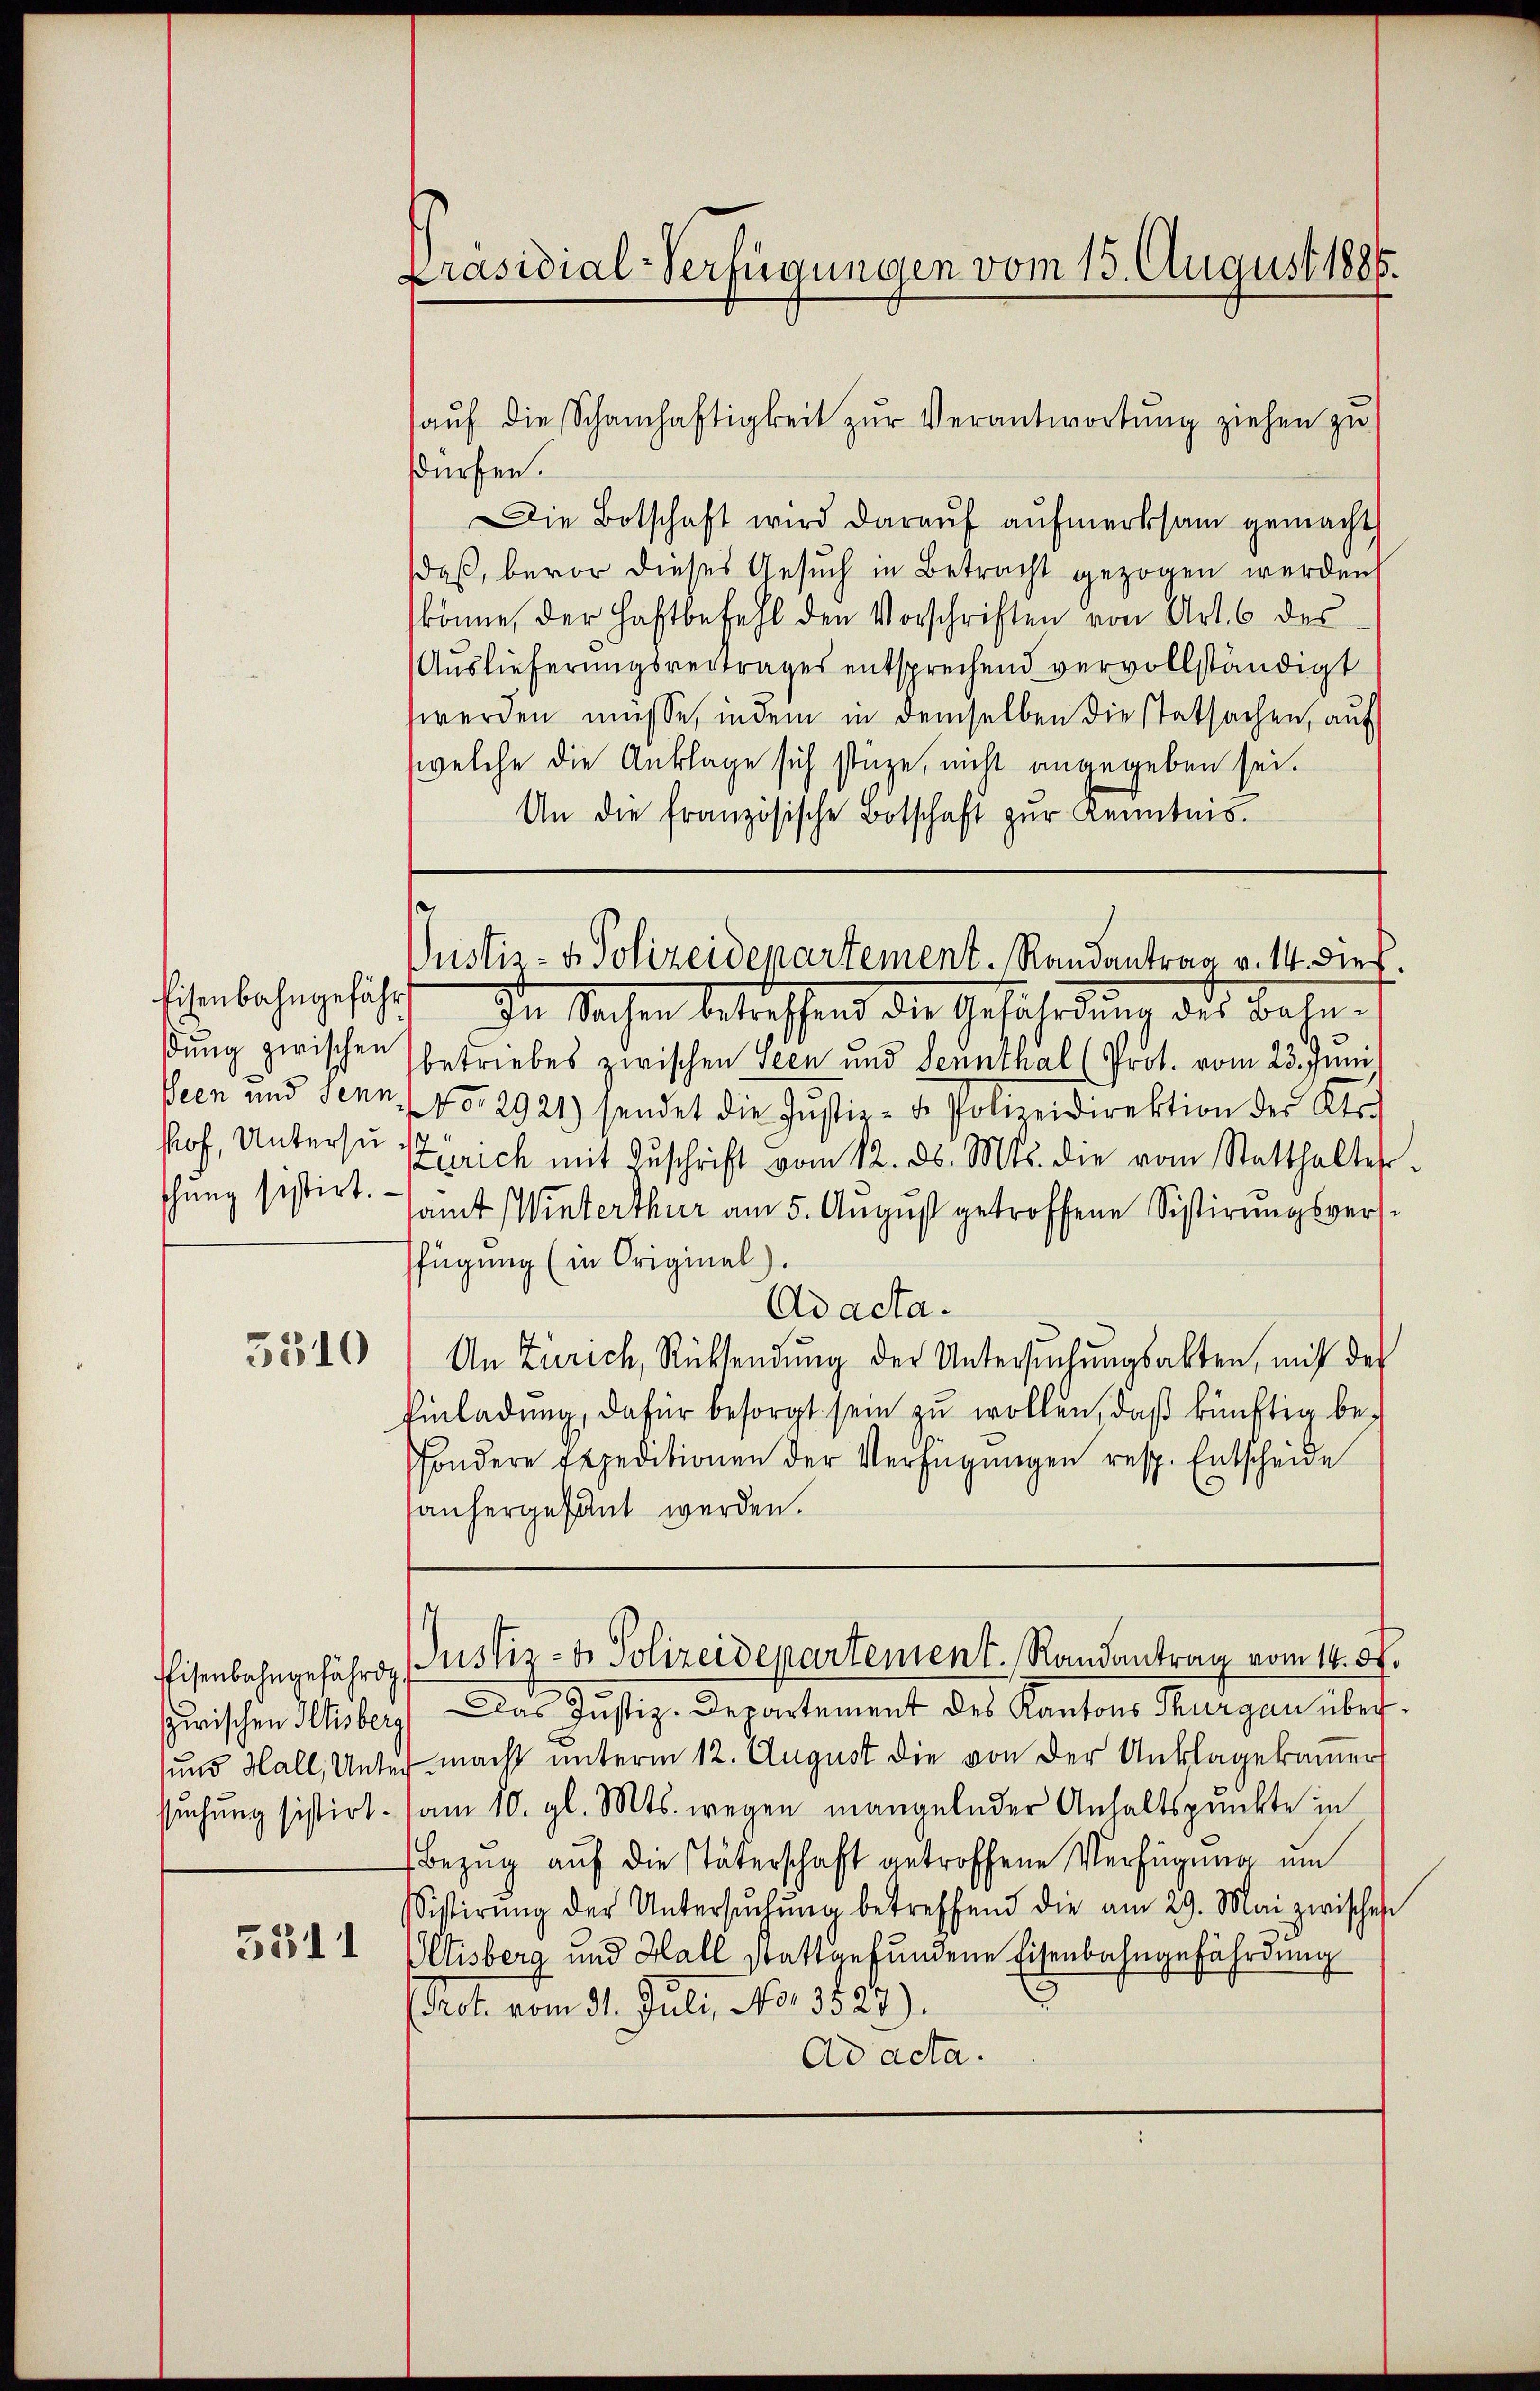
dung zwischen
Veen und Senn
hof, Untersuschung sistirt.

5510

Eisenbahngefährd
zwischen Iltisberg

5511

Präsidial-Verfügungen vom 15. August 1886.

dürfen.
Die Botschaft wird daraŭf aŭfmerksam gemacht
aß, bevor dieses Gesuch in Betracht gezogen werden
könne, der Haftbefehl den Vorschriften von Art. 6 des
Auslieferungsvertrages entsprechend vervollständigt
werden müsse, indem in demselben die statsachen, auf
welche die Anklage sich stüze, nicht angegeben sei.
An die französische Botschaft zur Kenntnis.
schenbahngefährten der Sachen betreffend die Gefährdung des Bahn-
betriebes zwischen Seen und Sennthal (Prot. vom 23. Juni
No. 2921) sendet die Justiz- & Polizeidirektion der Kts.
Zürich mit Zŭschrift vom 12. d. Mts. die vom Statthalter-
amt Winterthur am 5. August getroffene Sistirungsversfügung (in Original
Ad acta.
An Zürich, Rücksendung der Untersŭchŭngsakten, mit der
Einladung, dafür besorgt sein zu wollen, daß künftig besondere Expeditionen der Verfügŭngen resp. Entscheide
sanhergesant werden.

aŭf die Schamhaftigkeit zŭr Verantwortŭng ziehen zŭ

e
Justiz- & Polizeidepartement. Randantrag v. 14. dieß.

Justiz- & Polizeidepartement. Randantrag vom 14. d.

Das Justiz-Departement des Kantons Thurgau über¬
und Hall, Unter macht unterm 12. August die von der Unklage kamer
suchung sistirt. am 10. gl. Mts. wegen mangelnder Anhaltspunkte in
Bezug auf die Täterschaft getroffene Verfügung um
Sistirŭng der Untersŭchŭng betreffend die am 29. Mai zwischen
Eltisberg und Hall stattgefundene Eisenbahngefährdung
(Prot. vom 31. Juli, No. 3527)
Ad acta.